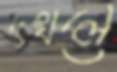
দখলে